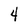
Character: 4